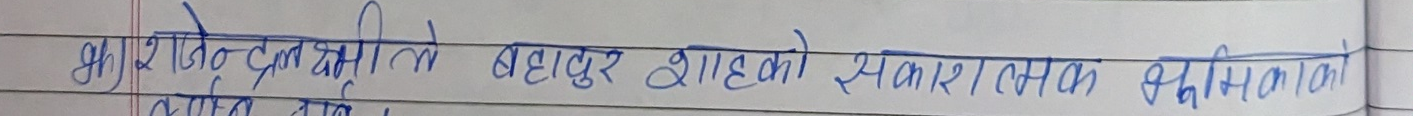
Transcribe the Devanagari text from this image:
भूपेन्द्र दलखतीले बहादुर शाहको सकारात्मक छविको